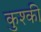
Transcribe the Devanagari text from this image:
कुश्की